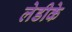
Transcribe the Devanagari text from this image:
लेडीके